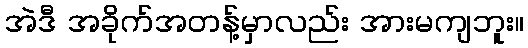
အဲဒီ အခိုက်အတန့်မှာလည်း အားမကျဘူး။